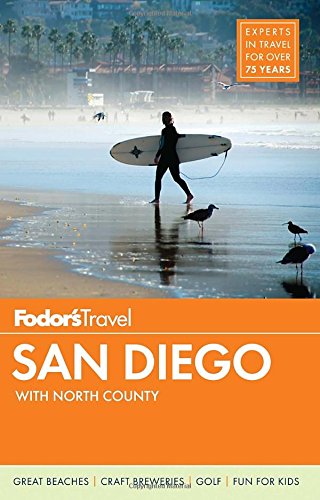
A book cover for Fodor's San Diego: with North County (Full-color Travel Guide); Fodor's; Travel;